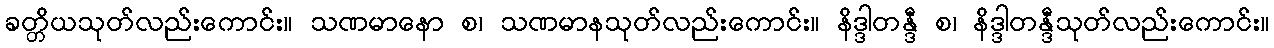
ခတ္တိယသုတ်လည်းကောင်း။ သဏမာနော စ၊ သဏမာနသုတ်လည်းကောင်း။ နိဒ္ဒါတန္ဒီ စ၊ နိဒ္ဒါတန္ဒီသုတ်လည်းကောင်း။